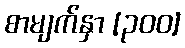
စာမျက်နှာ [၃၀၀]